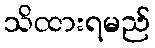
သိထားရမည်